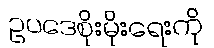
ဥပဒေစိုးမိုးရေးကို